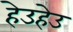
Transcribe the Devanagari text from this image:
हेउहेउ